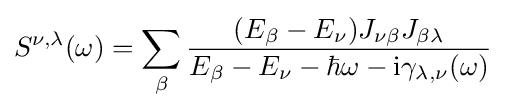
S^{\nu ,\lambda }(\omega )=\sum _{\beta }{\frac {(E_{\beta }-E_{\nu })J_{\nu \beta }J_{\beta \lambda }}{E_{\beta }-E_{\nu }-\hbar \omega -\mathrm {i} \gamma _{\lambda ,\nu }(\omega )}}